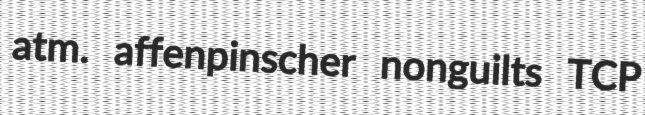
atm. affenpinscher nonguilts TCP